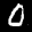
Label: 0